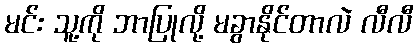
မင်း သူ့ကို ဘာပြုလို့ မခွာနိုင်တာလဲ လီလီ